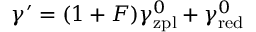
\gamma ^ { \prime } = ( 1 + F ) \gamma _ { \mathrm { z p l } } ^ { 0 } + \gamma _ { \mathrm { r e d } } ^ { 0 }